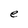
Character: e